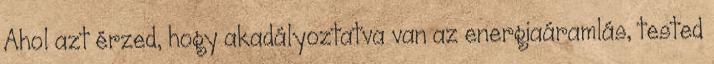
Ahol azt érzed, hogy akadályoztatva van az energiaáramlás, tested